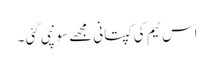
اس ٹیم کی کپتانی مجھے سونپی گئی ۔